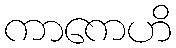
ကာကေဟိ